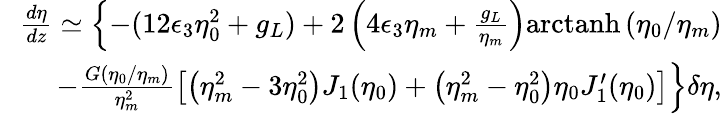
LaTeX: \begin{array}{rlr}&{}&{\! \! \! \! \! \! \! \! \frac{d\eta}{dz}\simeq\left\{ -(12\epsilon_{3}\eta_{0}^{2}+g_{L})+2\left(4\epsilon_{3}\eta_{m}+\frac{g_{L}}{\eta_{m}}\right)\mathrm{arctanh}\left(\eta_{0}/\eta_{m}\right)\right.}\\ &{}&{\left.-\frac{G\left(\eta_{0}/\eta_{m}\right)}{\eta_{m}^{2}}\left[\left(\eta_{m}^{2}-3\eta_{0}^{2}\right)J_{1}(\eta_{0})+\left(\eta_{m}^{2}-\eta_{0}^{2}\right)\eta_{0}J_{1}^{\prime}(\eta_{0})\right]\right\} \delta\eta,}\end{array}